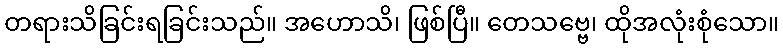
တရားသိခြင်းရခြင်းသည်။ အဟောသိ၊ ဖြစ်ပြီ။ တေသဗ္ဗေ၊ ထိုအလုံးစုံသော။